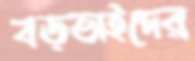
বড়ভাইদের